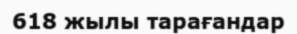
618 жылы тарағандар